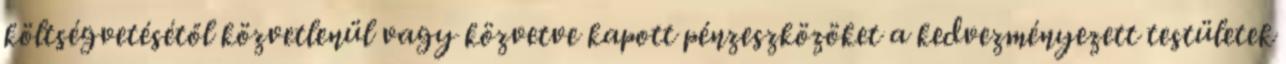
költségvetésétől közvetlenül vagy közvetve kapott pénzeszközöket a kedvezményezett testületek